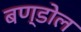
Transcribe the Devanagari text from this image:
बण्डोल